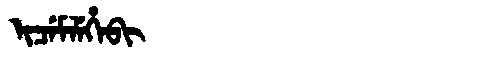
Manchu: ᡳᠴᡝᠮᠯᡝᡥᡝᠪᡳ
Romanization: ICEMLEHEBI